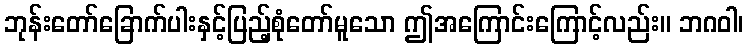
ဘုန်းတော်ခြောက်ပါးနှင့်ပြည့်စုံတော်မူသော ဤအကြောင်းကြောင့်လည်း။ ဘဂဝါ၊